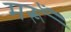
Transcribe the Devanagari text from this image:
मरूँ